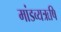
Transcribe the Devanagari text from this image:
मांडव्यऋषि